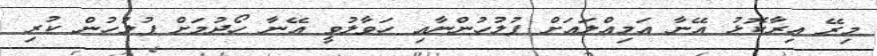
މިރޭ އިރާކޮޅު އޭނާ އަމިއްލައަށް ފުލުހުންނާއި ހަވާލުވީ އޭނާ ހޯދުމަށް ފުލުހުން ކުރި